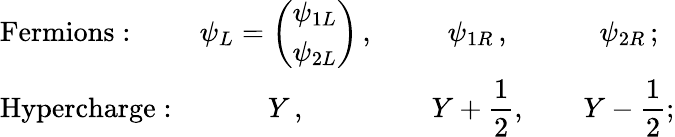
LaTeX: \begin{array}{lccc}{{\mathrm{Fermions:}}}&{{\displaystyle\psi_{L}=\left(\begin{array}{c}{{\psi_{1L}}}\\ {{\psi_{2L}}}\end{array}\right)\, ,~~~~}}&{{\psi_{1R}\, ,~~~~}}&{{\psi_{2R}\, ;}}\\ {{\mathrm{Hypercharge:}}}&{{Y\, ,~~~~}}&{{\displaystyle Y+\frac{1}{2},~~~~}}&{{\displaystyle Y-\frac{1}{2};}}\end{array}